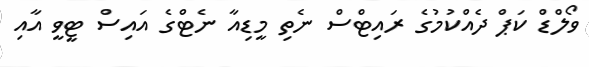
ވޯލްޑް ކަޕް ދެއްކުމުގެ ރައިޓްސް ނެތި މީޑިއާ ނެޓްގެ އައިސް ޓީވީ އާއި